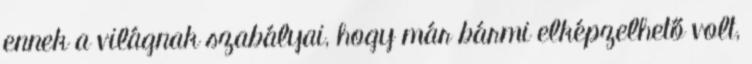
ennek a világnak szabályai, hogy már bármi elképzelhető volt,